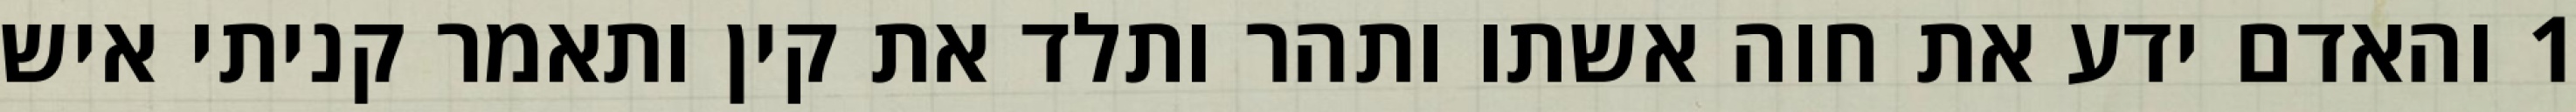
1 והאדם ידע את חוה אשתו ותהר ותלד את קין ותאמר קניתי איש